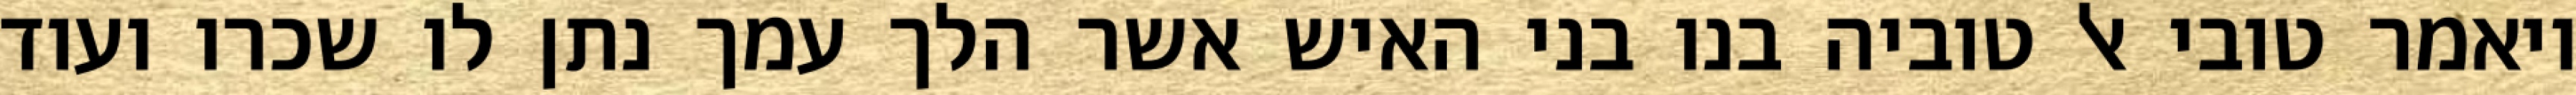
ויאמר טובי אל טוביה בנו בני האיש אשר הלך עמך נתן לו שכרו ועוד